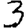
Digit: 3